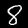
Label: 8